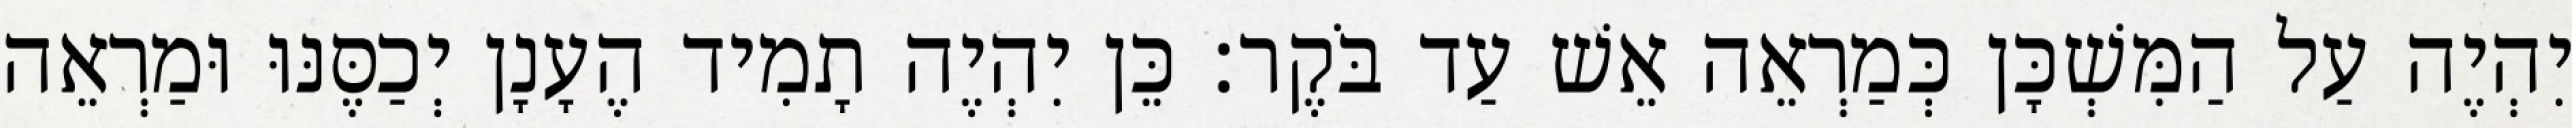
יִהְיֶה עַל הַמִּשְׁכָּן כְּמַרְאֵה אֵשׁ עַד בֹּקֶר׃ כֵּן יִהְיֶה תָמִיד הֶעָנָן יְכַסֶּנּוּ וּמַרְאֵה